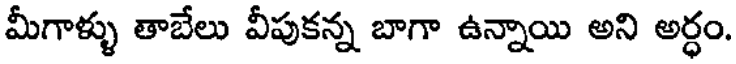
మీగాళ్ళు తాబేలు వీపుకన్న బాగా ఉన్నాయి అని అర్ధం.